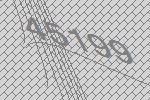
45199